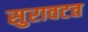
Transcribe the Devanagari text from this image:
सुरावटत